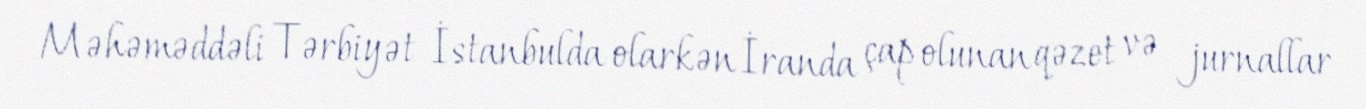
Məhəməddəli Tərbiyət İstanbulda olarkən İranda çap olunan qəzet və jurnallar